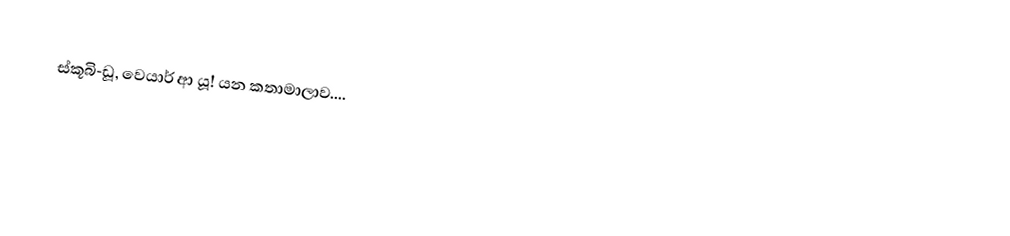
ස්කූබි-ඩූ, වෙයාර් ආ යූ! යන කතාමාලාව....